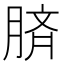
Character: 𦜝